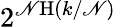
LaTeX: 2^{\mathscr{N}\mathrm{{H}}(k/\mathscr{N})}